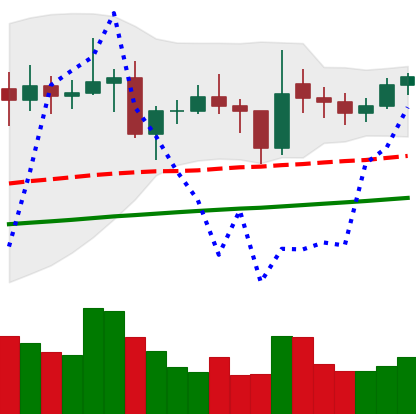
Ticker: ETC-USD
Chart end date: 2021-02-03
Forward return: 9.696%
Label: up_7plus